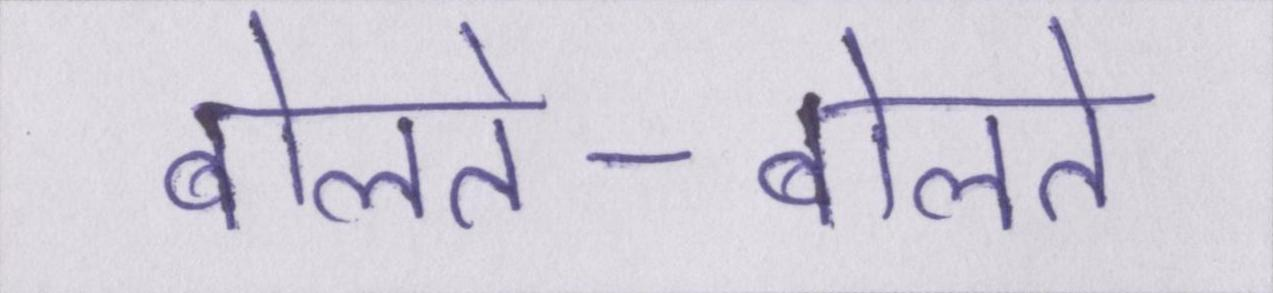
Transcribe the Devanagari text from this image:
बोलते-बोलते